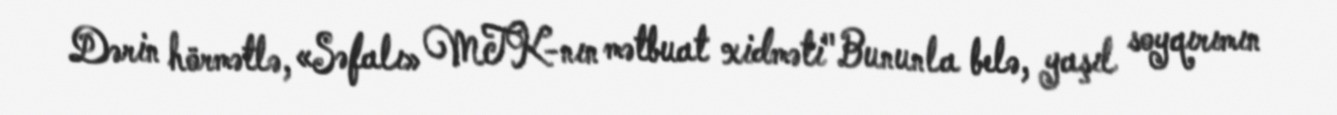
Dərin hörmətlə, «Səfalı» MTK-nın mətbuat xidməti"Bununla belə, yaşıl soyqırımın